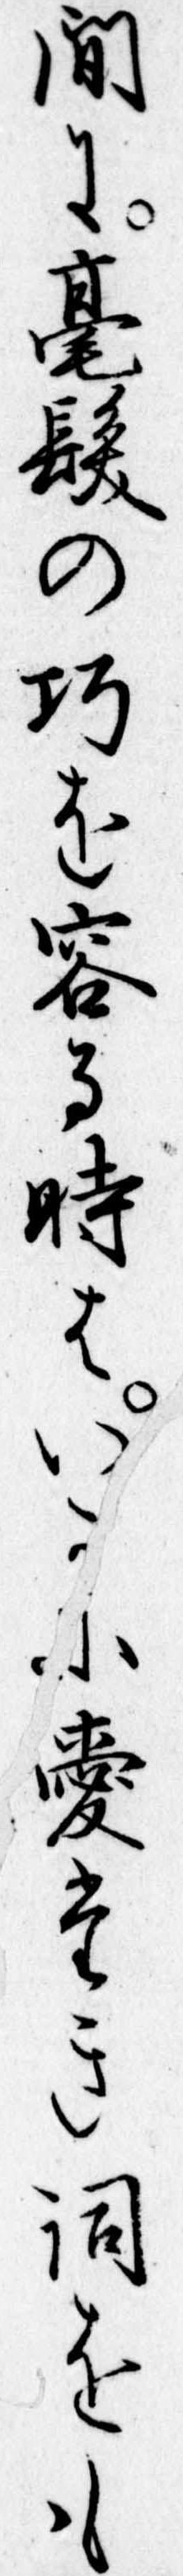
間に毫髪の巧を容る時はいかに愛たき詞をも